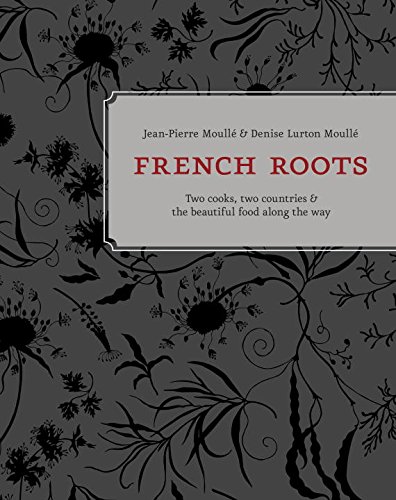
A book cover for French Roots: Two Cooks, Two Countries, and the Beautiful Food along the Way; Jean-Pierre MoullÃ©; Cookbooks, Food & Wine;